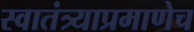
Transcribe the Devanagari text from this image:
स्वातंत्र्याप्रमाणेच